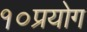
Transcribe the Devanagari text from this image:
१०प्रयोग